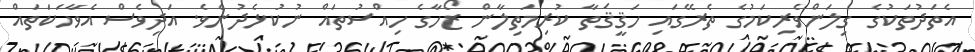
އެތަދުތަކުގެ ގިލަންވެރިކަމުގެ ތެރޭގައި ހަޤީޤަތާ ކުރިމަތިލާން ޒޯހާގެ ހިއްސުތައް ނުކުޅެދުނެވެ. އަދިވެސް އެވާހަކަތައް